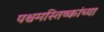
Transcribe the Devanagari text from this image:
पश्चमस्तिष्कांच्या